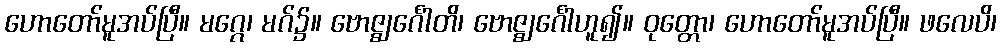
ဟောတော်မူအပ်ပြီ။ မဂ္ဂေ၊ မဂ်၌။ ဗောဇ္ဈင်္ဂေါတိ၊ ဗောဇ္ဈင်္ဂေါဟူ၍။ ဝုတ္တော၊ ဟောတော်မူအပ်ပြီ။ ဖလေပိ၊